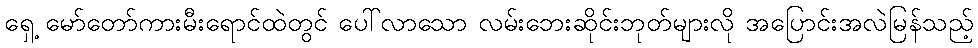
ရှေ့ မော်တော်ကားမီးရောင်ထဲတွင် ပေါ်လာသော လမ်းဘေးဆိုင်းဘုတ်များလို အပြောင်းအလဲမြန်သည့်